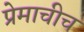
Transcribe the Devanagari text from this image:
प्रेमाचीच